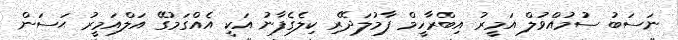
ނަސަބު ސުމުއްވުލް އަމީރު އިބްރާހީމް ފާމުލަދޭރި ކިލެގެފާނު އަކީ އެއްގަމުގޭ އަލްއަމީރު ޙަސަން